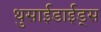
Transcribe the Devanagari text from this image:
थुसाईडाईड्स